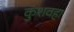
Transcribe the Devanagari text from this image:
कुशवहा